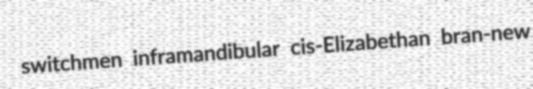
switchmen inframandibular cis-Elizabethan bran-new